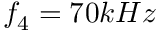
f _ { 4 } = 7 0 k H z